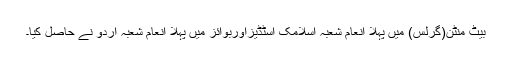
بیٹ منٹن(گرلس) میں پہلا انعام شعبہ اسلامک اسٹڈیزاوربوائز میں پہلا انعام شعبہ اردو نے حاصل کیا۔